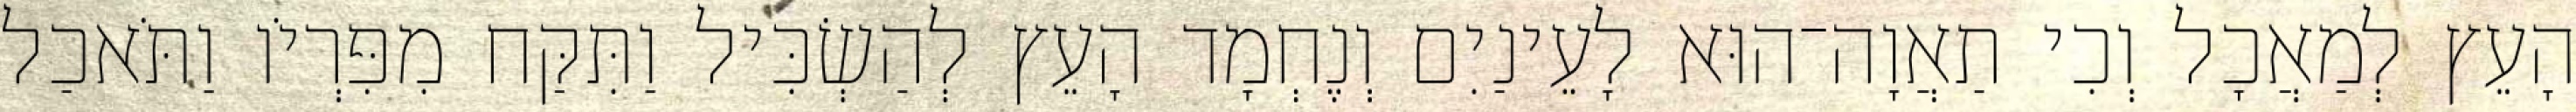
הָעֵץ לְמַאֲכָל וְכִי תַאֲוָה־הוּא לָעֵינַיִם וְנֶחְמָד הָעֵץ לְהַשְׂכִּיל וַתִּקַּח מִפִּרְיֹו וַתֹּאכַל